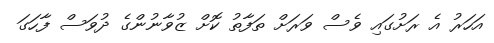
އަހަރު އެ ރަށުގައި ވެސް ވަރަށް ތަފާތު ކޮށް ޒުވާނުންގެ ދުވަސް ފާހަގަ